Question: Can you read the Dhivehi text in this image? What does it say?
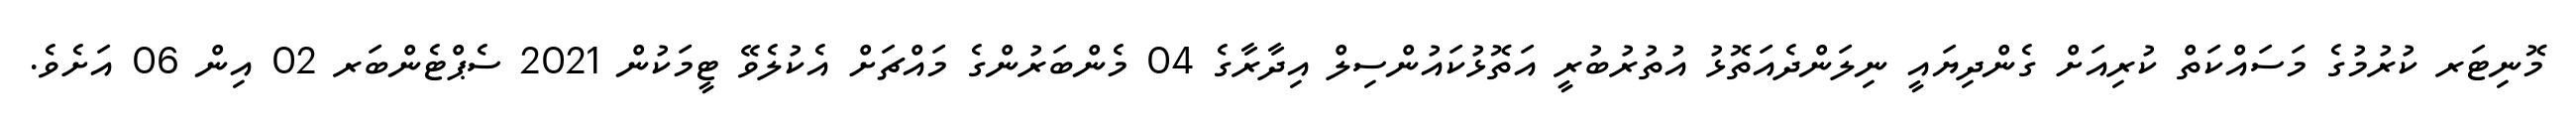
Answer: މޮނިޓަރ ކުރުމުގެ މަސައްކަތް ކުރިއަށް ގެންދިޔައީ ނިލަންދެއަތޮޅު އުތުރުބުރީ އަތޮޅުކައުންސިލް އިދާރާގެ 04 މެންބަރުންގެ މައްޗަށް އެކުލެވޭ ޓީމަކުން 2021 ސެޕްޓެންބަރ 02 އިން 06 އަށެވެ.